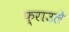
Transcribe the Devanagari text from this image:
फ़्राउले